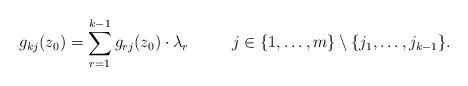
LaTeX: \begin{align*}g_{kj}(z_0)=\sum_{r=1}^{k-1}g_{rj}(z_0)\cdot\lambda_{r}\qquad\ \ j\in\{1,\hdots,m\}\setminus\{j_1,\hdots,j_{k-1}\}. \end{align*}